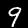
Label: 9